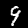
Label: 9